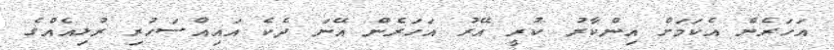
އަހަރެން އެކަމަށް އިންކާރު ކުރީ އޭރު އަހަރެން އޭނަ ދެކެ އައިއްސަހުރި ރުޅިއެއްގެ